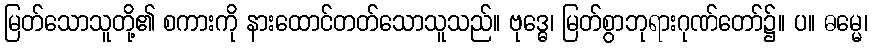
မြတ်သောသူတို့၏ စကားကို နားထောင်တတ်သောသူသည်။ ဗုဒ္ဓေ၊ မြတ်စွာဘုရားဂုဏ်တော်၌။ ပ။ ဓမ္မေ၊